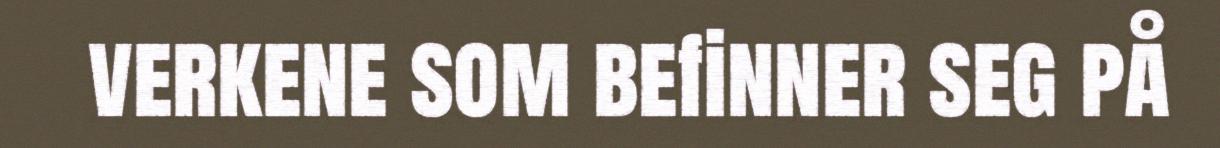
verkene som befinner seg på